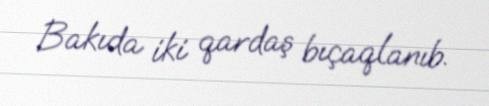
Bakıda iki qardaş bıçaqlanıb.